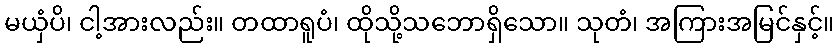
မယှံပိ၊ ငါ့အားလည်း။ တထာရူပံ၊ ထိုသို့သဘောရှိသော။ သုတံ၊ အကြားအမြင်နှင့်။